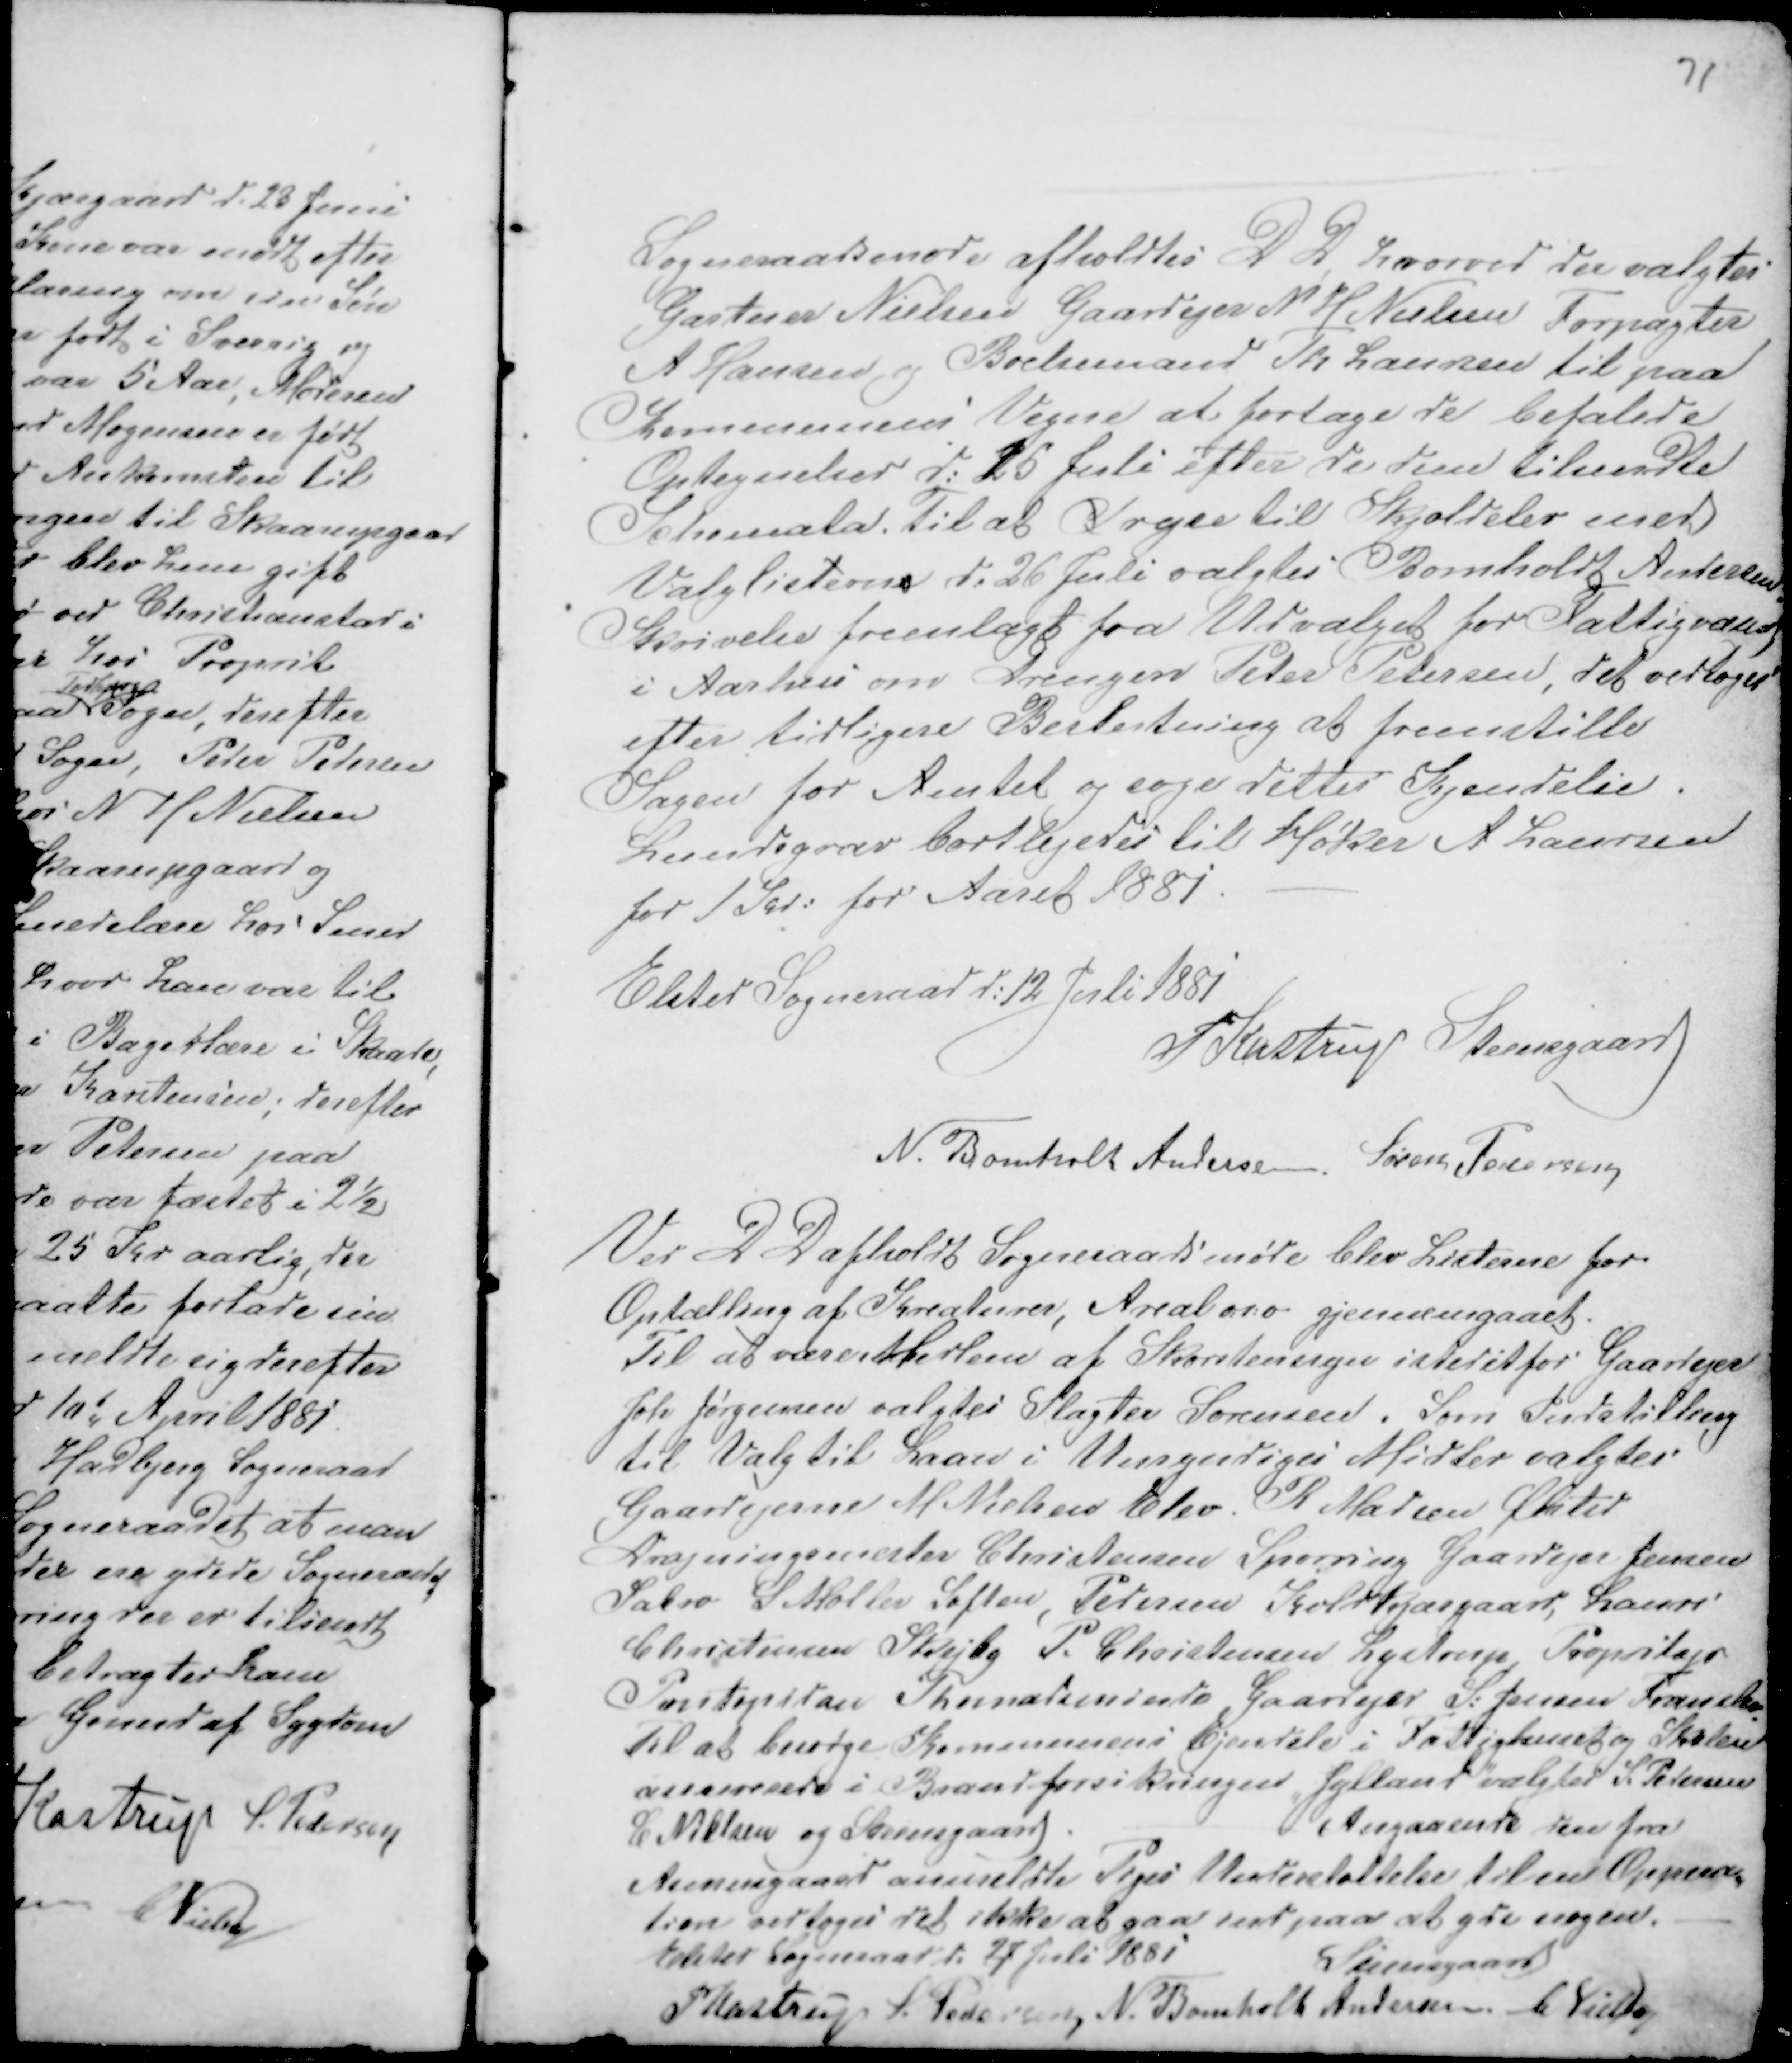
Transskription:
Sogneraadsmøde afholdtes D D, hvorved der valgtes
Gartner Nielsen Gaardejer N H Nielsen Forpagter
A Hansen og Boelsmand Th Laursen til paa
Kommunens Vegne at fortage de befalede
Optegnelse d: 26 Juli efter de dem tilsendte
Schemata. Til at Drges til Skjoldelev med
Valglisterns d: 26 Juli valgtes Bomholdt Andersen.
Skrivelse fremlagt fra Udvalget for Fattigvænes
i Aarhus om Drengen Peter Petersen, det vedtoges
efter tidligere Beslutning at fremstille
Sagen for Amtet og søge dettes Kjendelse.
Lundegrav bortlejedes til Høker A Laursen
for 1 Kr: for Aaret 1881. -

Elsted Sogneraad d: 12 Juli 1881
P Kastrup Steensgaard
N. Bomholt Andersen Søren Pedersen

Ved D D afholdte Sogneraadsmøde blev Listerne for
Optælling af Kreaturer, Areal o:s:v gjennemgaaet.
Til at være Medlem af Skorstenssyn istedetfor Gaardejer
Joh Jørgensen valgtes Slagter Sørensen. Som Indstilling
til Valg til Laan i Umyndiges Midler valgtes
Gaardejerne M Nielsen Elev R Madsen Ølsted
A...ningsmester Christensen Spørring Gaardejer Jensen
Sabro S. Møller Søften, Pedersen Koldkjærgaard, Laurs
Christensen Skejby P. Christensen Lystrup, Propritajr
Pontopidan Thomadsminde Gaardejer S: Jensen Fransko
Til at besørge Kommunens Ejendele i Fattighuset og Skolen
an...verede i Brandforsikringen "Jylland" valgtes S. Pedersen
C. Nielsen og Steensgaard.
Angaaende den fra
Asmusgaard anmeldte Piges Understøttelse til en Oppera-
tion vedtoges det ikke at gaa med paa at yde nogen.
Elsted Sogneraad d. 27 Juli 1881
Steensgaard
P Kastrup S. Pedersen N. Bomholt Andersen C Nielsen